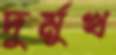
দুর্মুখ